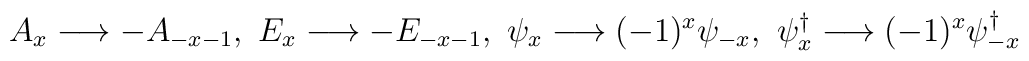
A_{x}\longrightarrow -A_{-x-1},\ E_{x}\longrightarrow -E_{-x-1},\ \psi_{x}\longrightarrow (-1)^{x}\psi_{-x},\ \psi_{x}^{\dag}\longrightarrow (-1)^{x}\psi_{-x}^{\dag}